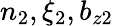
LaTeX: n_{2},\xi_{2},b_{z2}